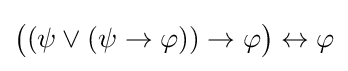
{\big (}(\psi \lor (\psi \to \varphi ))\to \varphi {\big )}\leftrightarrow \varphi